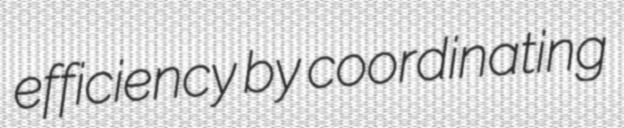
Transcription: efficiency by coordinating